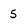
Character: 5